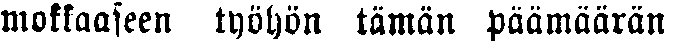
mokkaaseen työhön tämän päämäärän